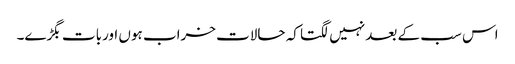
اس سب کے بعد نہیں لگتا کہ حالات خراب ہوں اوربات بگڑے۔